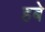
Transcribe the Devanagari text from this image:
हबे